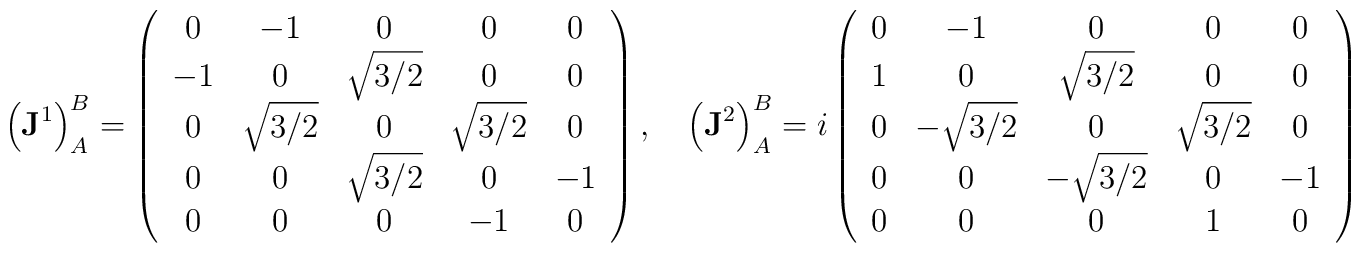
\left({\bf J}^{1}\right)_A^B =\left (\begin{array}{ccccc} 0 & -1            &  0           &  0           &  0 \\-1 &  0            &  \sqrt{3/2}  &  0           &  0 \\ 0 &  \sqrt{3/2}   &  0           &  \sqrt{3/2}  &  0 \\ 0 &  0            &  \sqrt{3/2}  &  0           & -1 \\ 0 &  0            &  0           & -1           &  0\end{array}\right ),\quad\left({\bf J}^{2}\right)_A^B =i\left(\begin{array}{ccccc} 0 & -1            &  0           &  0           &  0 \\ 1 &  0            &  \sqrt{3/2}  &  0           &  0 \\ 0 & -\sqrt{3/2}   &  0           &  \sqrt{3/2}  &  0 \\ 0 &  0            & -\sqrt{3/2}  &  0           & -1 \\ 0 &  0            &  0           &  1           &  0\end{array}\right ),\quad\left({\bf J}^{3}\right)_A^B =\left({\bf J}^{0}\right)_A^B